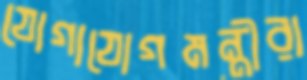
যোগাযোগমন্ত্রীরা